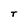
Character: T